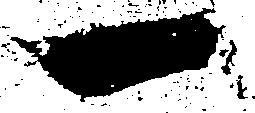
一